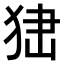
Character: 𤞍